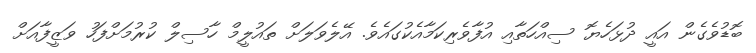
ބޮޑުވެގެން އައީ ދުޅަހެޔޮ ސިއްހަތާއި އުފާވެރިކަމާއެކުގައެވެ. އޭލެވަލަށް ތައުލީމް ހާސިލް ކުރުމަށްފަހު ވަޒީފާއަށް